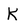
Character: K